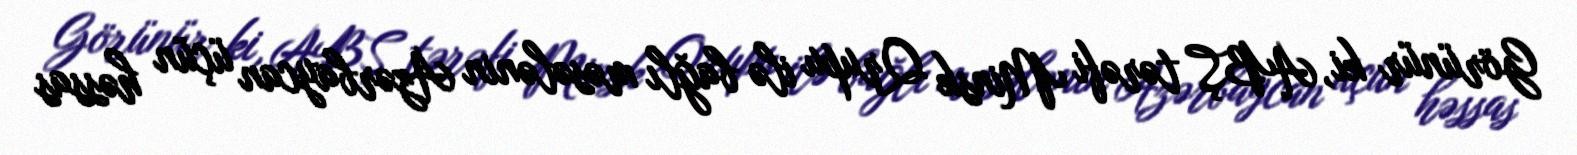
Görünür ki, ABŞ tərəfi Minsk Qrupu ilə bağlı məsələnin Azərbaycan üçün həssas